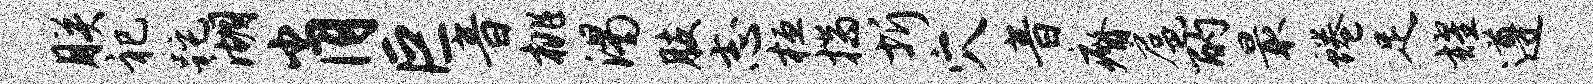
朕祀跎湖肖巨音桃渴肢志桓揣圻穴音瘠扈酌最蜷足耀遵